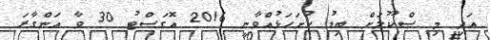
އަދި މި ސްކޫލަށް ބިޑު ހުށަހަޅުއްވާނީ 2016 އޮގަސްޓު 30 ވާ އަންގާރަ